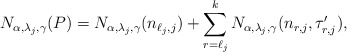
\begin{align*}N_{\alpha, \lambda_j,\gamma}(P)= N_{\alpha, \lambda_j,\gamma}(n_{\ell_j,j})+\sum_{r=\ell_j}^k N_{\alpha, \lambda_j,\gamma}(n_{r,j}, \tau'_{r,j}),\end{align*}